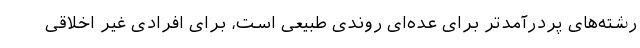
رشته‌های پردرآمدتر برای عده‌ای روندی طبیعی است، برای افرادی غیر اخلاقی